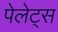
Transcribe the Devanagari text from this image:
पेलेट्स